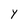
Character: Y